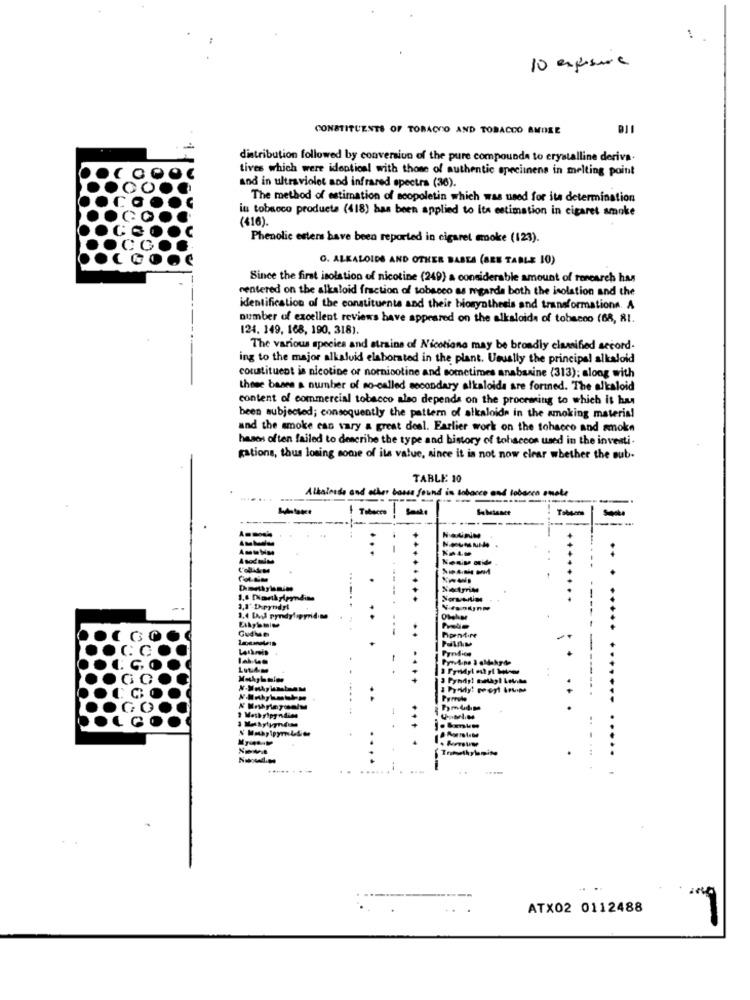
1
10 exposure
CONSTITUENTS OF TOBACCO AND TOBACCO AMORE
distribution followed by conversion of the pure compounda to crystalline deriva.
tives which were identical with those of authentic specimens in melting point
and in ultraviolet and infrared spectra (36).
The method of estimation of scopoletin which was used for its determination
in tobacco products (418) has been applied to its estimation in cigaret smoke
(416).
Phenolic esters have been reported in cigaret mmoke (123).
O. ALKALOIDS AND OTHER BASEA (SEE TABLE 10)
Since the first isolation of nicotine (249) a considerable amount of research has
centered on the alkaloid fraction of tobacco as regards both the isolation and the
identification of the constituents and their biosynthesis and transformations. A
number of excellent reviews have appeared on the alkaloids of tobacco (68, 81.
124. 149, 168, 190, 318).
The various species and strains of Nicotions may be broadly classified accord.
ing to the major alkaloid elaborated in the plant. Usually the principal alkaloid
constituent is nicotine or nornicotine and sometimes anabanine (313); along with
these bases a number of so-called secondary alkaloids are fortned. The alkaloid
content of commercial tobacco also depends on the procrening to which it has
been subjected; consequently the pattern of alkaloids in the smoking materia!
and the smoke can vary a great deal. Earlier work on the tobacco and smoke
hasen often failed to describe the type and history of tobaccon used in the investi.
gations, thus losing some of its value, since it is not now clear whether the sub-
TABLE: 10
Alkainess and other bons found in tobacco and tobacco onate
Tobeers
KALD
NEUMAIS
+ ......
hpentire
1 Wash yipg ndien
--
....
ATX02 0112488